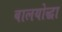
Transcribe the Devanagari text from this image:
बालयोद्धा